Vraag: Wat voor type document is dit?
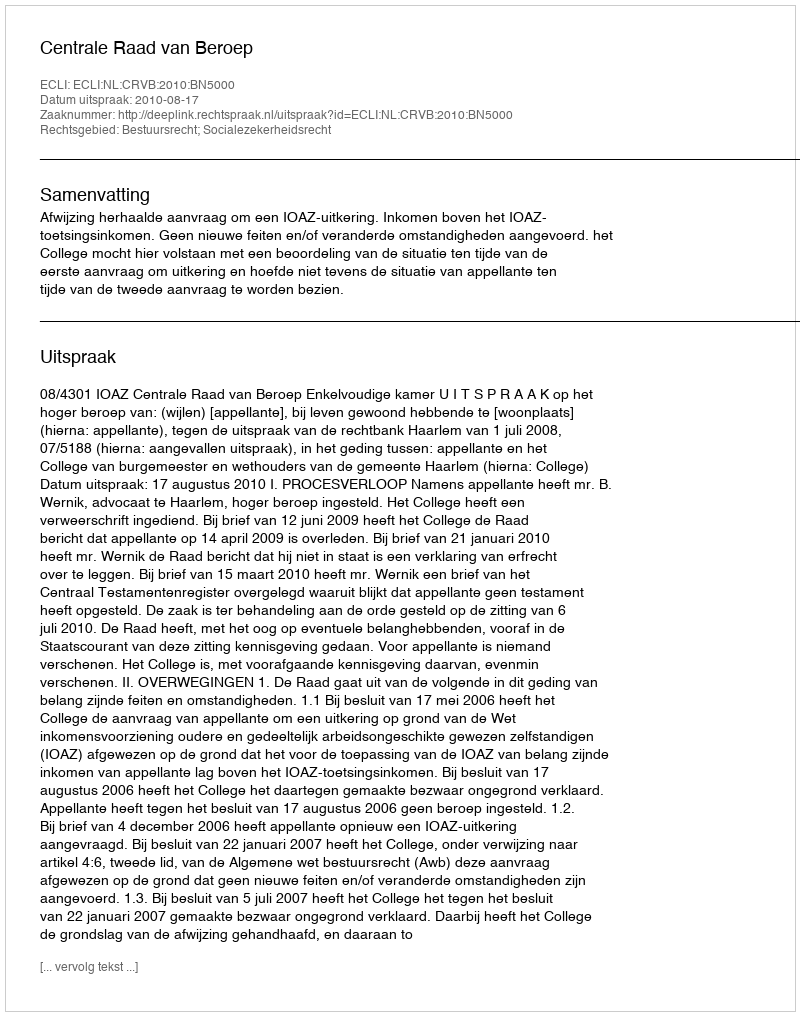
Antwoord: Uitspraak